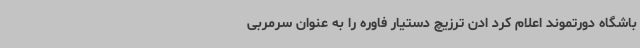
باشگاه دورتموند اعلام کرد ادن ترزیچ دستیار فاوره را به عنوان سرمربی